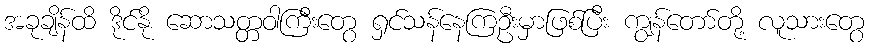
အခုချိန်ထိ ဒိုင်နို ဆောသတ္တဝါကြီးတွေ ရှင်သန်နေကြဦးမှာဖြစ်ပြီး ကျွန်တော်တို့ လူသားတွေ